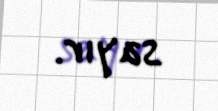
sayır.